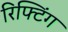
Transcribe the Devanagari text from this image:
रिफ्टिंग